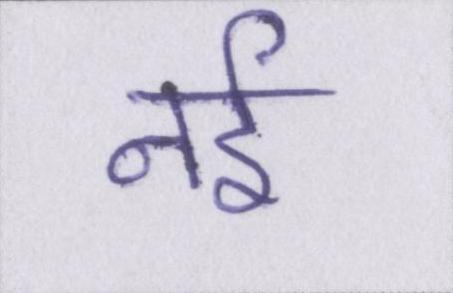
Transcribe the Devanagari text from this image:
नर्इ